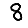
Digit: 8